Medical and sanitary report of the native army of Bengal for the year
Year: 1876
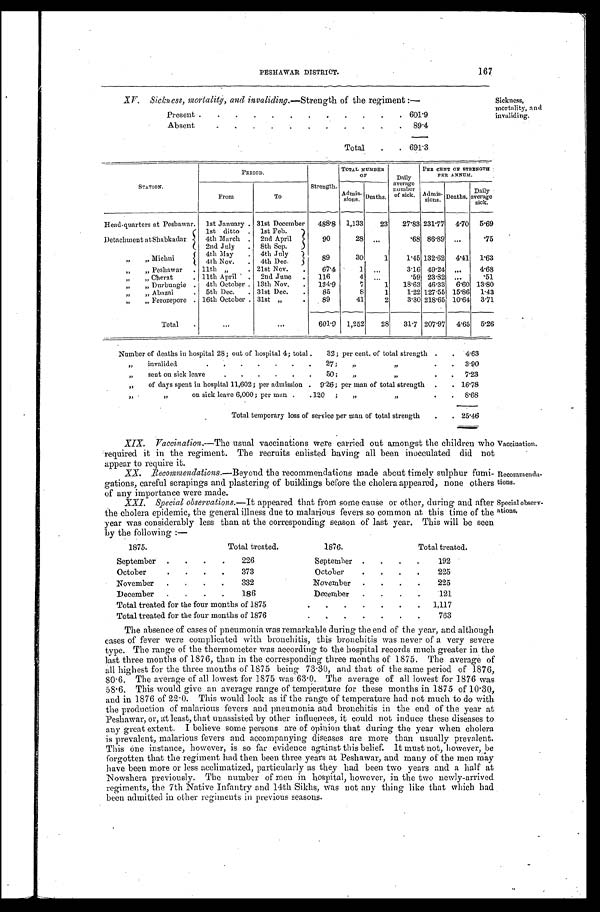
PESHAWAR DISTRICT.
167
XV. Sickness, mortality, and invaliding.—Strength of the regiment:—
Present
601.9
Absent
89.4
Total
691.3
Sickness,
mortality, and
invaliding.
S T A T I O N .
PERIOD.
Strength.
TOTAL NUMBER
O F
Daily
average
number of sick.
PER CENT OF STRENGTH
PRE ANNUM.
From
To
A d m i s -
s i o n s . Deaths.
Admis-
sions Deaths.
Daily
average
sick.
Head-quarters at Peshawar. 1st January 31st December 488.8 1,133
23 27.83 231.77 4.70 5.69
Detachment atShabkadar
1st ditto
1st Feb.
90
28
.68 86.89
.75
4th March
2nd April
2nd July
8th Sep.
„ „ M i c h n i
4 t h M a y
4 t h J u l y 89
30
1
1.45 132.62 4.41 1.63
4 t h N o v
4 t h D e c .
„ „ P e s h a w a r 11th „ 21st Nov.
67.4
1
3.16 49.24
4.68
„ „ Cherat
11th April
2nd June
116
4
.59 23.82
.51
„ „ Durbungie
4th October 13th Nov.
134.9
7
1 18.63 46.33 6.60 13.80
„ „ Abazai
5th Dec.
31st Dec.
85
8
1
1.22 127.55 15.86 1.43
„ „ Ferozepore 16th October 31st „ 89
41
2
3.30 218.65 10.64 3.71
Total
601.9 1,252
28 31.7 207.97 4.65 5 . 2 6
Number of deaths in hospital 28; out of hospital 4; total 32; per cent. of total strength
4.63
„ invalided 27;„ „
3.90
„ sent on sick leave 50;„ „
7.23
„ of days spent in hospital 11,602; per admission 9.26; per man of total strength
16.78
„ „
on sick leave 6,000; per man 120 „ „
8 . 6 8
Total temporary loss of service per man of total strength
2 5 . 4 6
XIX. Vaccination.—The usual vaccinations were carried out amongst the children who
required it in the regiment. The recruits enlisted having all been inocculated did not
appear to require it.
Vaccination.
XX. Recommendations.— Beyond the recommendations made about timely sulphur fumi-
gations, careful scrapings and plastering of buildings before the cholera appeared, none others
of any importance were made.
Recommenda
-
tions.
XXI. Special observations.— It appeared that from some cause or other, during and after
the cholera epidemic, the general illness due to malarious fevers so common at this time of the
year was considerably less than at the corresponding season of last year. This will be seen
by the following:—
Special observ
-
ations
.
1875.
Total treated.
1876.
Total treated.
September
226
September
192
October
373
October
225
November
332
November
225
December
186
December
121
Total treated for the four months of 1875
1,117
Total treated for the four months of 1876
7 6 3
The absence of cases of pneumonia was remarkable during the end of the year, and although
cases of fever were complicated with bronchitis, this bronchitis was never of a very severe
type. The range of the thermometer was according to the hospital records much greater in the
last three months of 1876, than in the corresponding three months of 1875. The average of
all highest for the three months of 1875 being 73.30, and that of the same period of 1876,
80.6. The average of all lowest for 1875 was 63.0. The average of all lowest for 1876 was
58.6. This would give an average range of temperature for these months in 1875 of 10.30,
and in 1876 of 22.0. This would look as if the range of temperature had not much to do with
the production of malarious fevers and pneumonia and bronchitis in the end of the year at
Peshawar, or, at least, that unassisted by other influences, it could not induce these diseases to
any great extent. I believe some persons are of opinion that during the year when cholera
is prevalent, malarious fevers and accompanying diseases are more than usually prevalent.
This One instance, however, is so far evidence against this belief. It must not, however, be
forgotten that the regiment had then been three years at Peshawar, and many of the men may
have been more or less acclimatized, particularly as they had been two years and a half at
Nowshera previously. The number of men in hospital, however, in the two newly-arrived
regiments, the 7th Native Infantry and 14th Sikhs, was not any thing like that which had
been admitted in other regiments in previous seasons.